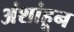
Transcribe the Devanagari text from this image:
अंशांहून